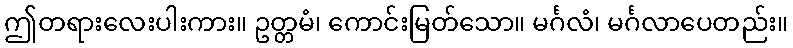
ဤတရားလေးပါးကား။ ဥတ္တမံ၊ ကောင်းမြတ်သော။ မင်္ဂလံ၊ မင်္ဂလာပေတည်း။